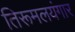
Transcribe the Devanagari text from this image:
तिरूमलयंगार